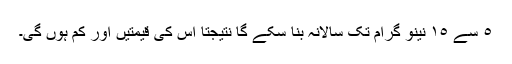
٥ سے ١٥ نینو گرام تک سالانہ بنا سکے گا نتیجتاً اس کی قیمتیں اور کم ہوں گی۔